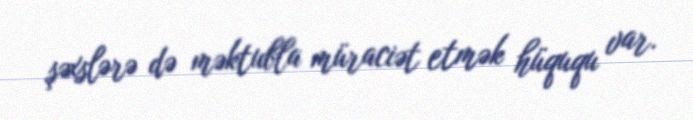
şəxslərə də məktubla müraciət etmək hüququ var.